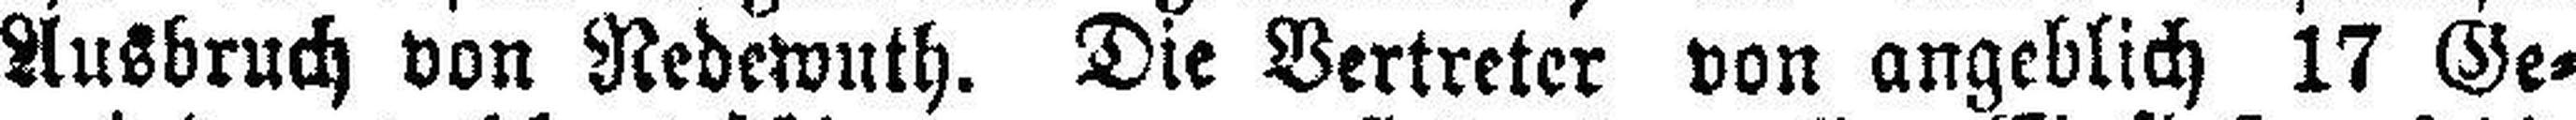
Ausbruch von Redewuth. Die Vertreter von angeblich 17 Ge¬